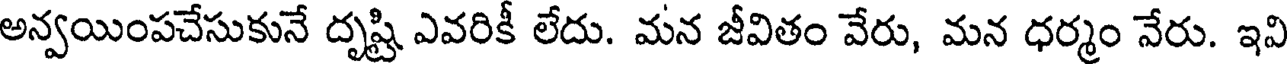
అన్వయింపచేసుకునే దృష్టి ఎవరికీ లేదు. మన జీవితం వేరు, మన ధర్మం వేరు. ఇవి